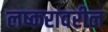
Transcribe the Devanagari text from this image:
लष्करावरील